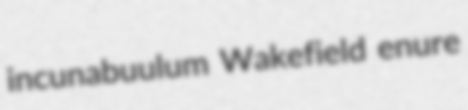
incunabuulum Wakefield enure